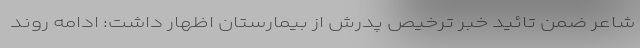
شاعر ضمن تائید خبر ترخیص پدرش از بیمارستان اظهار داشت: ادامه روند